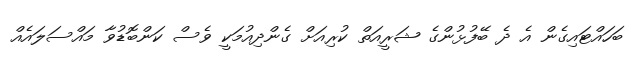
ބަހައްޓައިގެން އެ ދެ ބޭފުޅުންގެ ޝަރީއަތް ކުރިއަށް ގެންދިއުމަކީ ވެސް ކަންބޮޑުވާ މައްސަލައެއް